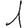
Digit: 1